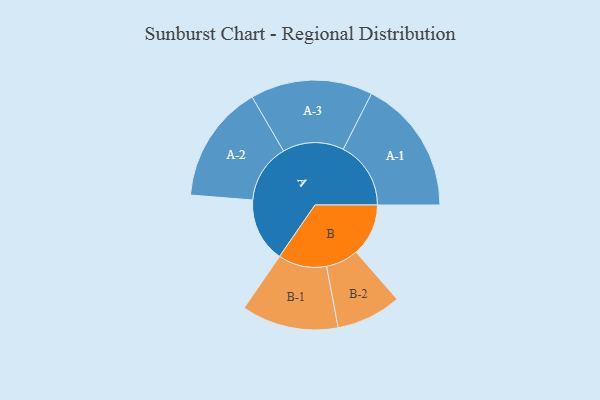
{"axis": {"x": "Segment", "y": "Value"}, "legend": ["", "A", "B"], "data": [{"x": "A", "y": 249, "type": ""}, {"x": "B", "y": 203, "type": ""}, {"x": "A-1", "y": 262, "type": "A"}, {"x": "A-2", "y": 229, "type": "A"}, {"x": "A-3", "y": 237, "type": "A"}, {"x": "B-1", "y": 188, "type": "B"}, {"x": "B-2", "y": 126, "type": "B"}]}